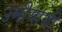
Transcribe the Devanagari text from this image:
उमीयाजी